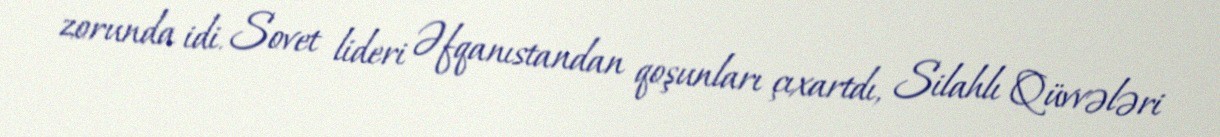
zorunda idi. Sovet lideri Əfqanıstandan qoşunları çıxartdı, Silahlı Qüvvələri